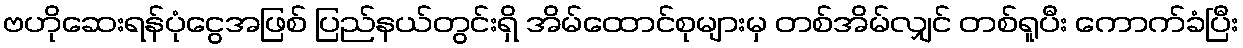
ဗဟိုဆေးရန်ပုံငွေအဖြစ် ပြည်နယ်တွင်းရှိ အိမ်ထောင်စုများမှ တစ်အိမ်လျှင် တစ်ရူပီး ကောက်ခံပြီး